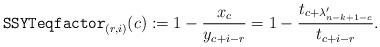
LaTeX: \begin{align*}{\tt SSYTeqfactor}_{(r,i)}(c) :=1 - \frac{x_c}{y_{c + i - r}} = 1 - \frac{t_{c + \lambda_{n-k + 1 -c}'}}{t_{c +i- r}}.\end{align*}